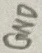
Text: GND